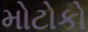
મોટોકો